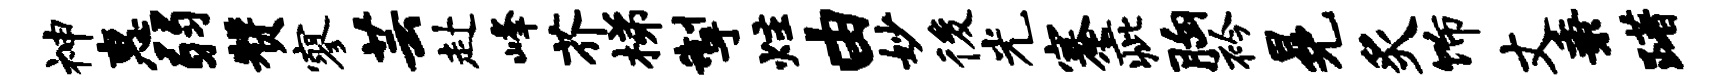
神惠弱赞寥芸赴峰芥梯掣炷由妙後光蹇疵胸衿冕炙饰丈秉躇